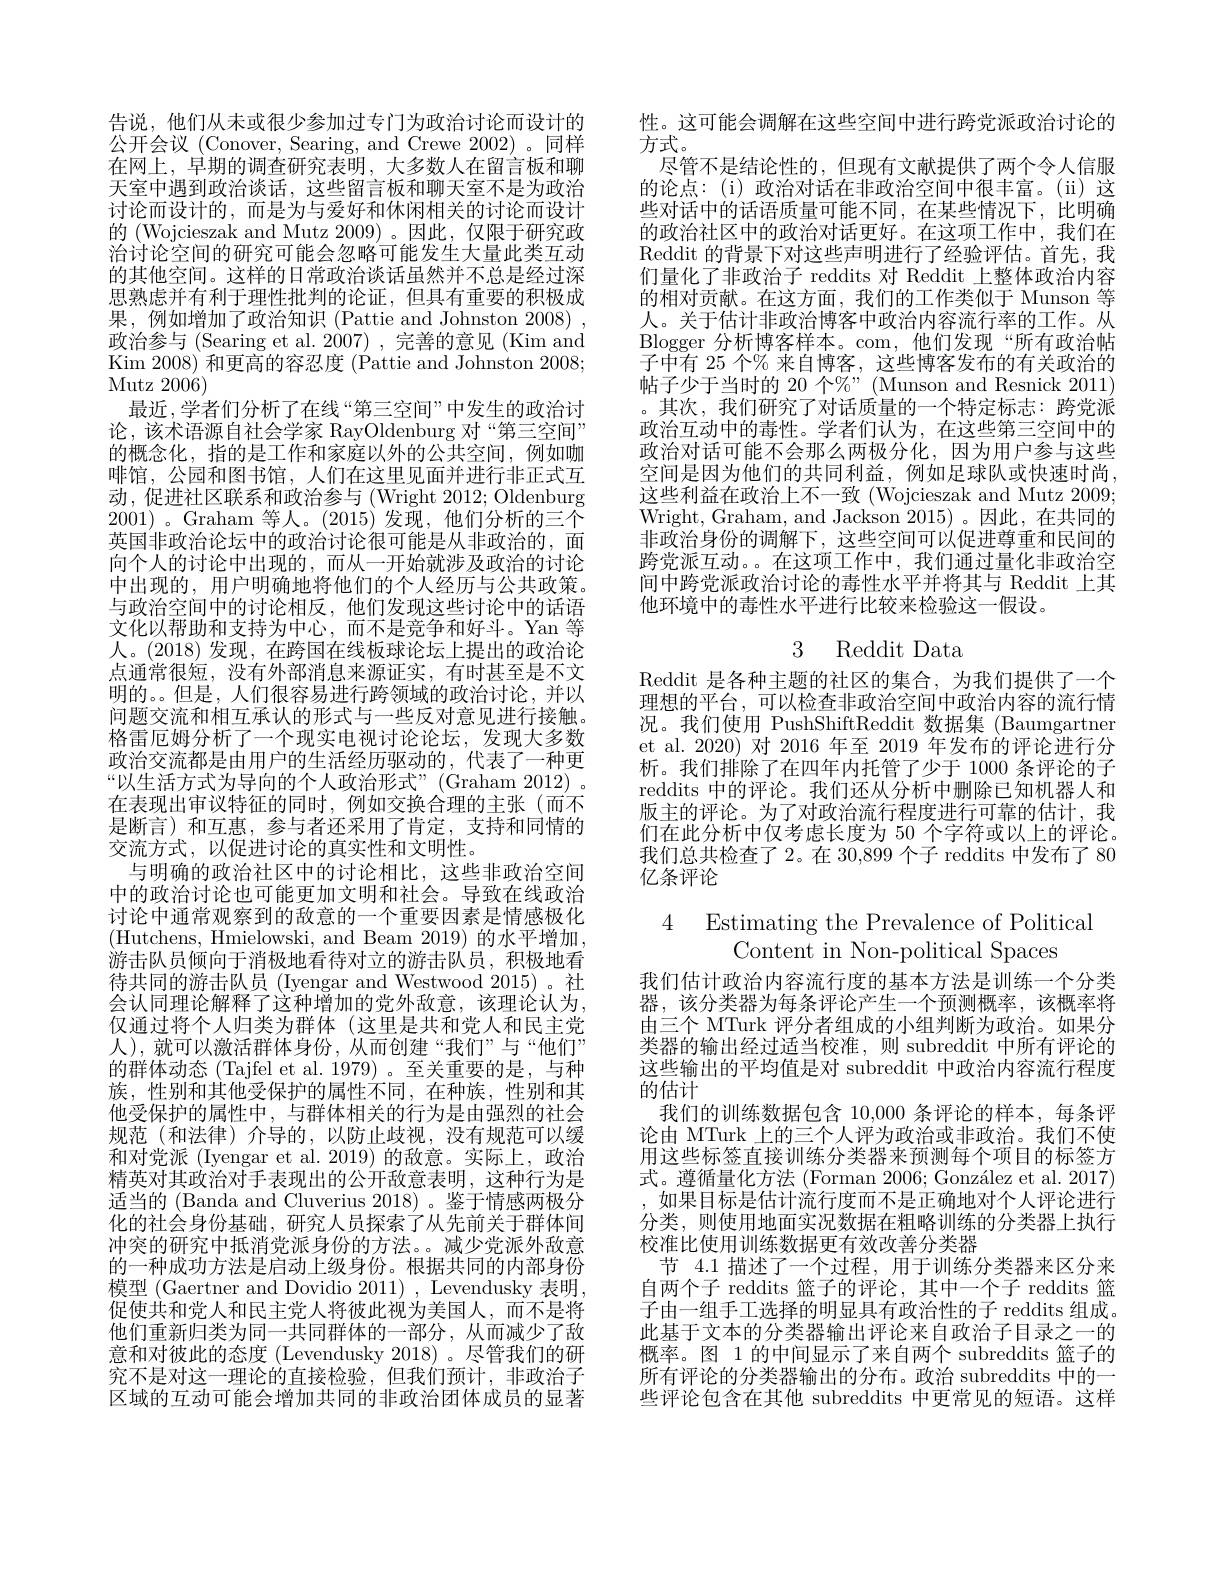
告说，他们从未或很少参加过专门为政治讨论而设计的公开会议 (Conover, Searing, and Crewe 2002)。同样在网上，早期的调查研究表明，大多数人在留言板和聊天室中遇到政治谈话，这些留言板和聊天室不是为政治讨论而设计的，而是为与爱好和休闲相关的讨论而设计的 (Wojcieszak and Mutz 2009)。因此，仅限于研究政治讨论空间的研究可能会忽略可能发生大量此类互动的其他空间。这样的日常政治谈话虽然并不总是经过深思熟虑并有利于理性批判的论证，但具有重要的积极成果，例如增加了政治知识 (Pattie and Johnston 2008) , 政治参与 (Searing et al. 2007), 完善的意见 (Kim and Kim 2008) 和更高的容忍度 (Pattie and Johnston 2008; Mutz 2006)
最近 , 学者们分析了在线 “第三空间”中发生的政治讨论，该术语源自社会学家 RayOldenburg 对“第三空间” 的概念化，指的是工作和家庭以外的公共空间，例如咖啡馆，公园和图书馆，人们在这里见面并进行非正式互动 ,促进社区联系和政治参与 (Wright 2012; Oldenburg 2001)。Graham 等人。(2015)发现，他们分析的三个英国非政治论坛中的政治讨论很可能是从非政治的，面向个人的讨论中出现的，而从一开始就涉及政治的讨论中出现的，用户明确地将他们的个人经历与公共政策。与政治空间中的讨论相反，他们发现这些讨论中的话语文化以帮助和支持为中心，而不是竞争和好斗。Yan 等人。(2018)发现，在跨国在线板球论坛上提出的政治论点通常很短，没有外部消息来源证实，有时甚至是不文明的。。但是，人们很容易进行跨领域的政治讨论，并以问题交流和相互承认的形式与一些反对意见进行接触。格雷厄姆分析了一个现实电视讨论论坛，发现大多数政治交流都是由用户的生活经历驱动的，代表了一种更“以生活方式为导向的个人政治形式”(Graham 2012)。在表现出审议特征的同时，例如交换合理的主张(而不是断言)和互惠，参与者还采用了肯定，支持和同情的交流方式，以促进讨论的真实性和文明性。
与明确的政治社区中的讨论相比，这些非政治空间中的政治讨论也可能更加文明和社会。导致在线政治讨论中通常观察到的敌意的一个重要因素是情感极化(Hutchens, Hmielowski, and Beam 2019) 的水平增加， 游击队员倾向于消极地看待对立的游击队员，积极地看待共同的游击队员 (Iyengar and Westwood 2015)。社会认同理论解释了这种增加的党外敌意，该理论认为， 仅通过将个人归类为群体(这里是共和党人和民主党人),就可以激活群体身份，从而创建“我们”与“他们” 的群体动态 (Tajfel et al.1979)。至关重要的是，与种族，性别和其他受保护的属性不同，在种族，性别和其他受保护的属性中，与群体相关的行为是由强烈的社会规范(和法律)介导的，以防止歧视，没有规范可以缓和对党派 (Iyengar et al.2019)的敌意。实际上，政治精英对其政治对手表现出的公开敌意表明，这种行为是适当的 (Banda and Cluverius 2018)。鉴于情感两极分化的社会身份基础，研究人员探索了从先前关于群体间冲突的研究中抵消党派身份的方法。减少党派外敌意的一种成功方法是启动上级身份。根据共同的内部身份模型 (Gaertner and Dovidio 2011) , Levendusky 表明， 促使共和党人和民主党人将彼此视为美国人，而不是将他们重新归类为同一共同群体的一部分，从而减少了敌意和对彼此的态度 (Levendusky 2018)。尽管我们的研究不是对这一理论的直接检验，但我们预计，非政治子区域的互动可能会增加共同的非政治团体成员的显著

性。这可能会调解在这些空间中进行跨党派政治讨论的
方式。
尽管不是结论性的，但现有文献提供了两个令人信服的论点：(i)政治对话在非政治空间中很丰富。(ii)这些对话中的话语质量可能不同，在某些情况下，比明确的政治社区中的政治对话更好。在这项工作中，我们在Reddit 的背景下对这些声明进行了经验评估。首先，我们量化了非政治子 reddits 对 Reddit 上整体政治内容的相对贡献。在这方面，我们的工作类似于 Munson 等人。关于估计非政治博客中政治内容流行率的工作。从Blogger 分析博客样本。com,他们发现“所有政治帖子中有 25 个% 来自博客，这些博客发布的有关政治的帖子少于当时的 20 个%”(Munson and Resnick 2011) 。其次，我们研究了对话质量的一个特定标志：跨党派政治互动中的毒性。学者们认为，在这些第三空间中的政治对话可能不会那么两极分化，因为用户参与这些空间是因为他们的共同利益，例如足球队或快速时尚这些利益在政治上不一致 (Wojcieszak and Mutz 2009; Wright, Graham, and Jackson 2015)。因此，在共同的非政治身份的调解下，这些空间可以促进尊重和民间的跨党派互动。。在这项工作中，我们通过量化非政治空间中跨党派政治讨论的毒性水平并将其与 Reddit 上其他环境中的毒性水平进行比较来检验这一假设。

# 3 Reddit Data

Reddit 是各种主题的社区的集合，为我们提供了一个理想的平台，可以检查非政治空间中政治内容的流行情况。我们使用 PushShiftReddit 数据集 (Baumgartner et al. 2020) 对 2016 年至 2019 年发布的评论进行分析。我们排除了在四年内托管了少于 1000 条评论的子reddits 中的评论。我们还从分析中删除已知机器人和版主的评论。为了对政治流行程度进行可靠的估计，我们在此分析中仅考虑长度为 50 个字符或以上的评论。我们总共检查了2。在 30,899 个子 reddits 中发布了 80亿条评论

4 Estimating the Prevalence of Political

Content in Non-political Spaces
我们估计政治内容流行度的基本方法是训练一个分类器，该分类器为每条评论产生一个预测概率，该概率将由三个 MTurk 评分者组成的小组判断为政治。如果分类器的输出经过适当校准，则 subreddit 中所有评论的这些输出的平均值是对 subreddit 中政治内容流行程度的估计
我们的训练数据包含 10,000 条评论的样本，每条评论由 MTurk 上的三个人评为政治或非政治。我们不使用这些标签直接训练分类器来预测每个项目的标签方式。遵循量化方法 (Forman 2006; González et al. 2017) ,如果目标是估计流行度而不是正确地对个人评论进行分类，则使用地面实况数据在粗略训练的分类器上执行校准比使用训练数据更有效改善分类器
节 4.1 描述了一个过程，用于训练分类器来区分来自两个子 reddits 篮子的评论，其中一个子 reddits 篮子由一组手工选择的明显具有政治性的子 reddits 组成。此基于文本的分类器输出评论来自政治子目录之一的概率。图 1 的中间显示了来自两个 subreddits 篮子的所有评论的分类器输出的分布。政治 subreddits 中的一些评论包含在其他 subreddits 中更常见的短语。这样